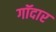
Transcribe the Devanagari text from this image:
गॉदार